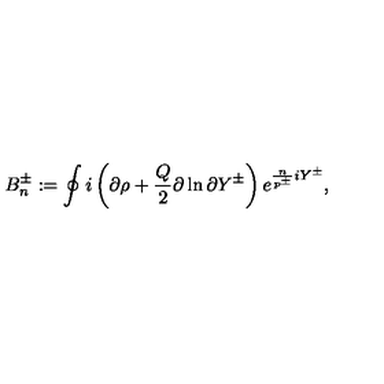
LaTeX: B _ { n } ^ { \pm } : = \oint i \left( \partial \rho + \frac { Q } { 2 } \partial \ln \partial Y ^ { \pm } \right) e ^ { \frac { n } { p ^ { \pm } } i Y ^ { \pm } } ,